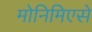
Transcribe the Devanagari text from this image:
मोनिमिएसे